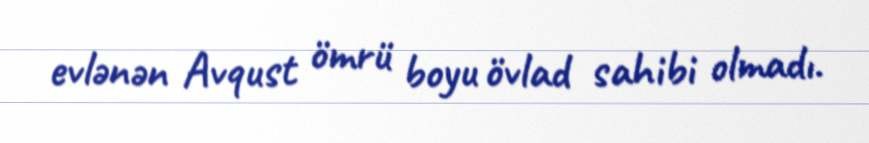
evlənən Avqust ömrü boyu övlad sahibi olmadı.